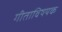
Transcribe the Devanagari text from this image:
गीताविषयक